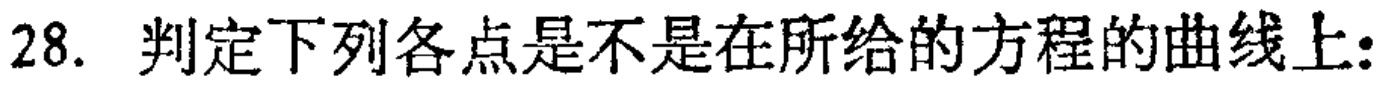
28. 判定下列各点是不是在所给的方程的曲线上: